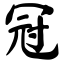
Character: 冠